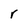
Character: r